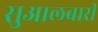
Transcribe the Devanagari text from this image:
सुआलबारी